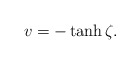
\begin{align*} v=-\tanh \zeta.\end{align*}